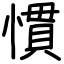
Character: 慣